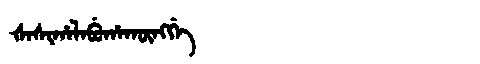
Manchu: ᡧᠠᠰᡳᡥᠠᠯᠠᠪᡠᡥᠠᡴᡡᠩᡤᡝ
Romanization: ŠASIHALABUHAKŪNGGE